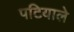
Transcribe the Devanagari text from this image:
पटियाले